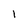
Character: 1